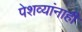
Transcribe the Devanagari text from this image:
पेशव्यांनाही